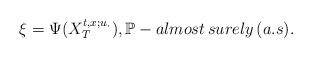
LaTeX: \begin{align*} \xi = \Psi(X_T^{t,x;u_{\cdot}}),\mathbb{P}-{almost \, surely \, (a.s)}. \end{align*}